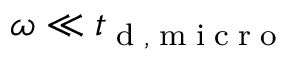
\omega \ll { t } _ { \tiny { \mathrm { ~ d ~ , ~ m ~ i ~ c ~ r ~ o ~ } } }